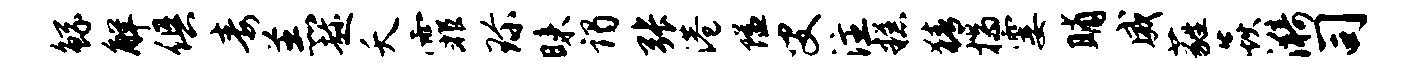
鲧解俱毒羔趁夭霏珍昧谒张港隘叟注糕猜揣霎晡威蕤焱漪司